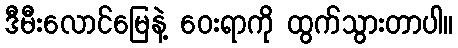
ဒီမီးလောင်မြေနဲ့ ဝေးရာကို ထွက်သွားတာပါ။